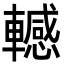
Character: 轗